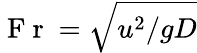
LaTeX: \mathrm{~F~r~}=\sqrt{{u^{2}}/{gD}}